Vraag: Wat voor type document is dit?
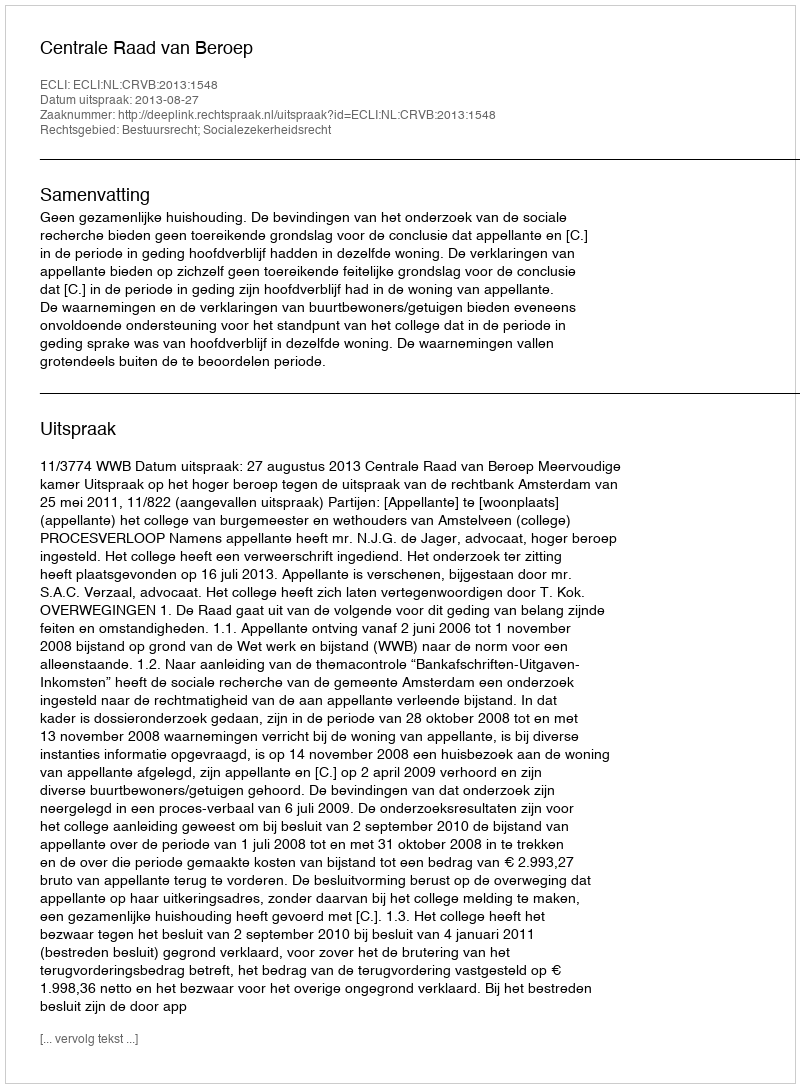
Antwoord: Uitspraak